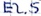
Text: E2.5